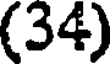
(34)